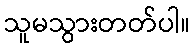
သူမသွားတတ်ပါ။